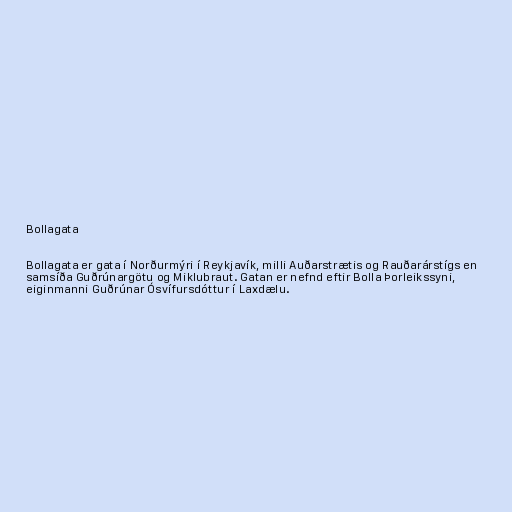
Bollagata

Bollagata er gata í Norðurmýri í Reykjavík, milli Auðarstrætis og Rauðarárstígs en
samsíða Guðrúnargötu og Miklubraut. Gatan er nefnd eftir Bolla Þorleikssyni,
eiginmanni Guðrúnar Ósvífursdóttur í Laxdælu.